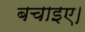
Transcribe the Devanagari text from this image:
बचाइए।